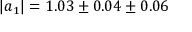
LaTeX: | a _ { 1 } | = 1 . 0 3 \pm 0 . 0 4 \pm 0 . 0 6